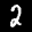
Label: 2